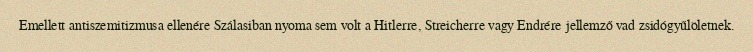
Emellett antiszemitizmusa ellenére Szálasiban nyoma sem volt a Hitlerre, Streicherre vagy Endrére jellemző vad zsidógyűlöletnek.